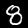
Label: 8